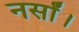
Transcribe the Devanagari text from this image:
नर्सों।